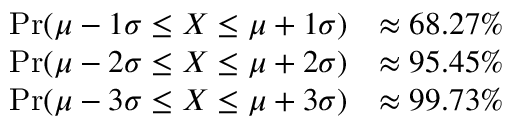
{ \begin{array} { r l } { \operatorname* { P r } ( \mu - 1 \sigma \leq X \leq \mu + 1 \sigma ) } & { \approx 6 8 . 2 7 \% } \\ { \operatorname* { P r } ( \mu - 2 \sigma \leq X \leq \mu + 2 \sigma ) } & { \approx 9 5 . 4 5 \% } \\ { \operatorname* { P r } ( \mu - 3 \sigma \leq X \leq \mu + 3 \sigma ) } & { \approx 9 9 . 7 3 \% } \end{array} }